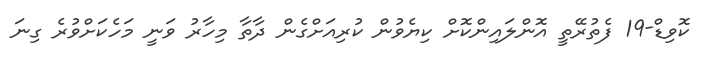
ކޮވިޑް-19 ފެތުރޭތީ އޮންލައިންކޮށް ކިޔެވުން ކުރިއަށްގެން ދާތާ މިހާރު ވަނީ މަހެކަށްވުރެ ގިނަ